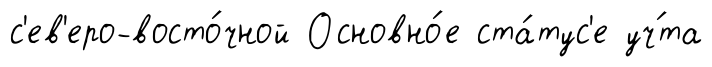
с'ев'еро-восто́чной Основно́е ста́тус'е уч́та